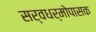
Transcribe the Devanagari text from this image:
सर्वधर्मोपासक